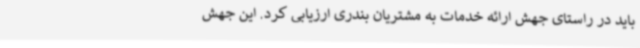
باید در راستای جهش ارائه خدمات به مشتریان بندری ارزیابی کرد. این جهش